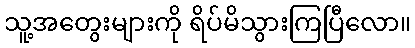
သူ့အတွေးများကို ရိပ်မိသွားကြပြီလော။